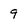
Character: 9